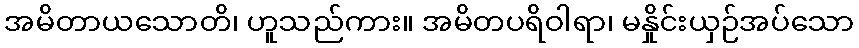
အမိတာယသောတိ၊ ဟူသည်ကား။ အမိတပရိဝါရာ၊ မနှိုင်းယှဉ်အပ်သော